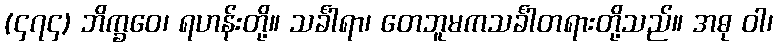
(၄၇၄) ဘိက္ခဝေ၊ ရဟန်းတို့။ သင်္ခါရာ၊ တေဘူမကသင်္ခါတရားတို့သည်။ အဓု ဝါ၊